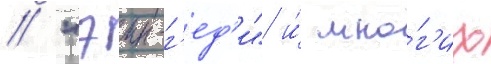
/ "эин-г'ед'и" и́ мно́г'их